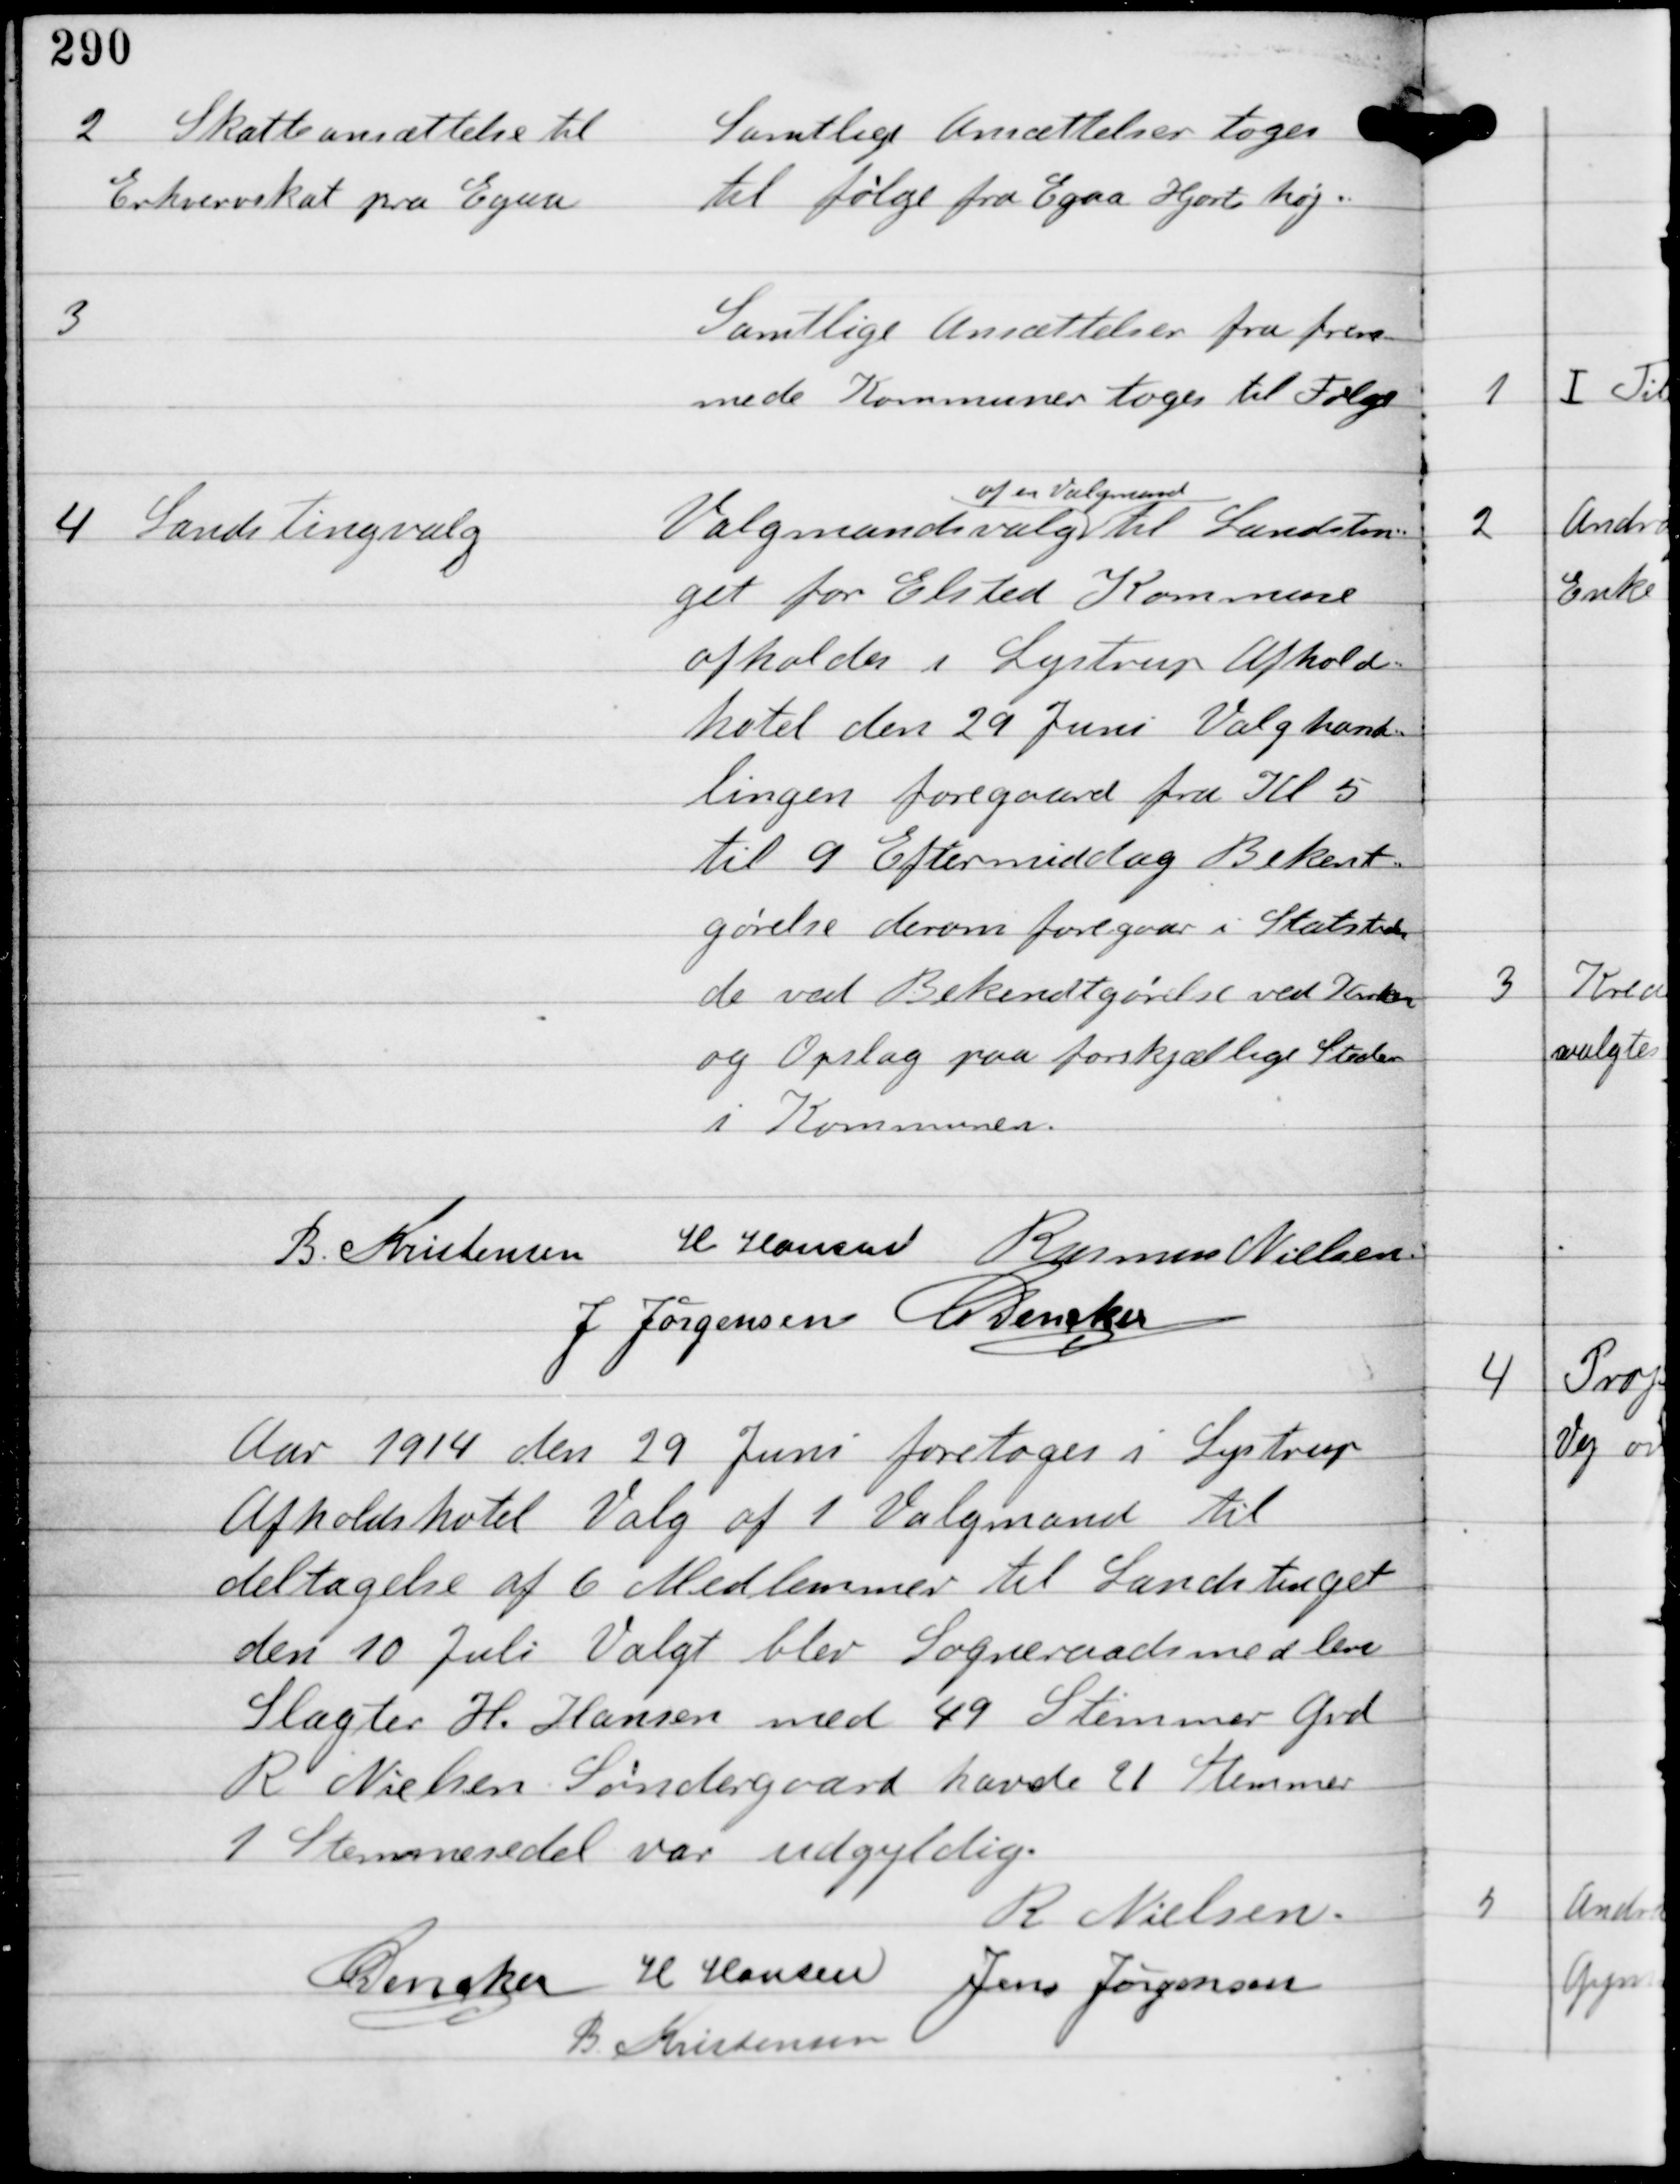
Transskription:
2

Skatteansættelse til
Erhvervsskat fra Egaa

Samtlige Ansættelser tages
til følge fra Egaa Hjorthøj.

3

Samtlige Ansættelser fra frem-
mede Kommuner tages til Følge

4

Landstingvalg

Valgmandsvalg
af en Valgmand
til Landstin-
get for Elsted Kommune
afholdes i Lystrup Afholds-
hotel den 29 Juni. Valghand-
lingen foregaar fra Kl 5
til 9 Eftermiddag. Bekendt-
gørelse derom foregaar i Statstiden-
de ved Bekendtgørelse ved Kirken
og Opslag paa forskjællige Steder
i Kommunen.

B Kristensen H Hansen Rasmus Nielsen
J Jørgensen C Dencker

Aar 1914 den 29 Juni foretoges i Lystrup
Afholdshotel Valg af 1 Valgmand til
deltagelse af 6 Medlemmer til Landstinget
den 10 Juli. Valgt blev Sogneraadsmedlem
Slagter H. Hansen med 49 Stemmer Grd
R Nielsen Søndergaard havde 21 Stemmer
1 Stemmesedel var udgyldig.
R Nielsen
C Dencker H Hansen Jens Jørgensen
B Kristensen